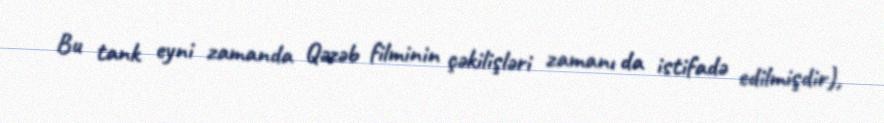
Bu tank eyni zamanda Qəzəb filminin çəkilişləri zamanı da istifadə edilmişdir),